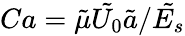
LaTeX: Ca=\tilde{\mu}\tilde{U_{0}}\tilde{a}/\tilde{E_{s}}